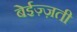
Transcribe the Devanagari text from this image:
बेईज़्ज़ती